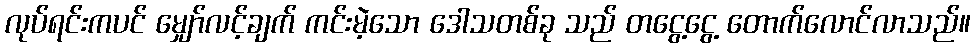
လုပ်ရင်းကပင် မျှော်လင့်ချက် ကင်းမဲ့သော ဒေါသတစ်ခု သည် တငွေ့ငွေ့ တောက်လောင်လာသည်။